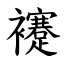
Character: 䙭